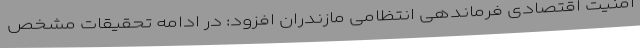
امنیت اقتصادی فرماندهی انتظامی مازندران افزود: در ادامه تحقیقات مشخص